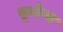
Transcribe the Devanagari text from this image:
कूकेस